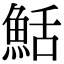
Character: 𬵏